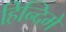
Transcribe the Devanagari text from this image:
हिन्दिमे